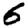
Digit: 6